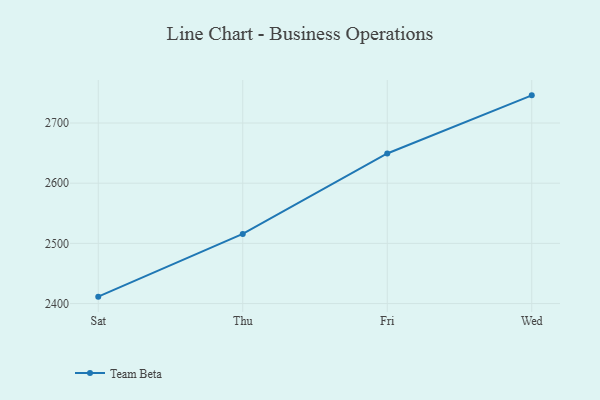
{"axis": {"x": "Day", "y": "Latency (ms)"}, "legend": ["Team Beta"], "data": [{"x": "Sat", "y": 2411.5, "type": "Team Beta"}, {"x": "Thu", "y": 2515.7, "type": "Team Beta"}, {"x": "Fri", "y": 2649.4, "type": "Team Beta"}, {"x": "Wed", "y": 2746.0, "type": "Team Beta"}]}